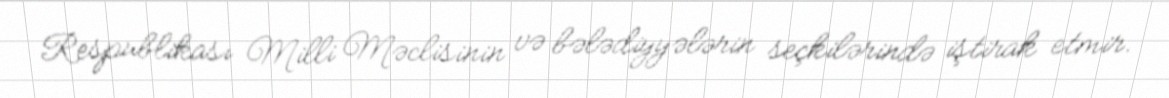
Respublikası Milli Məclisinin və bələdiyyələrin seçkilərində iştirak etmir.